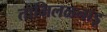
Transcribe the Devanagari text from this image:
तामिलळनाडू